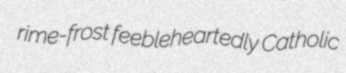
rime-frost feebleheartedly Catholic